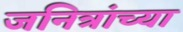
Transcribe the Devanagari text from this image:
जनित्रांच्या